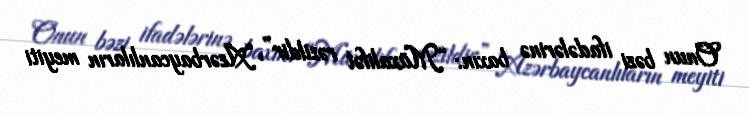
Onun bəzi ifadələrinə baxın: “Müxalifət rəzildir”, “Azərbaycanlıların meyiti